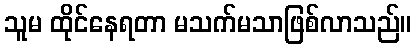
သူမ ထိုင်နေရတာ မသက်မသာဖြစ်လာသည်။